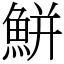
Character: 鮩